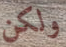
ولكن